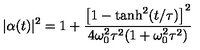
| \alpha ( t ) | ^ { 2 } = 1 + \frac { \left[ 1 - \tanh ^ { 2 } ( t / \tau ) \right] ^ { 2 } } { 4 \omega _ { 0 } ^ { 2 } \tau ^ { 2 } ( 1 + \omega _ { 0 } ^ { 2 } \tau ^ { 2 } ) }